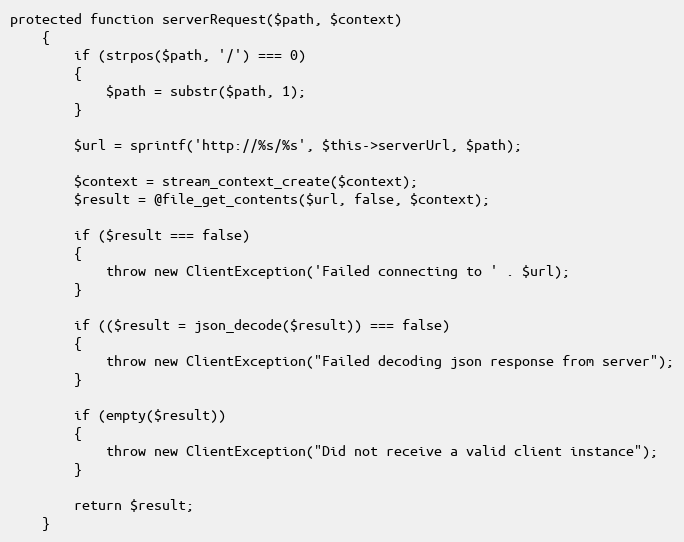
Language: PHP
protected function serverRequest($path, $context)
	{
		if (strpos($path, '/') === 0)
		{
			$path = substr($path, 1);
		}

		$url = sprintf('http://%s/%s', $this->serverUrl, $path);

		$context = stream_context_create($context);
		$result = @file_get_contents($url, false, $context);

		if ($result === false)
		{
			throw new ClientException('Failed connecting to ' . $url);
		}

		if (($result = json_decode($result)) === false)
		{
			throw new ClientException("Failed decoding json response from server");
		}

		if (empty($result))
		{
			throw new ClientException("Did not receive a valid client instance");
		}

		return $result;
	}